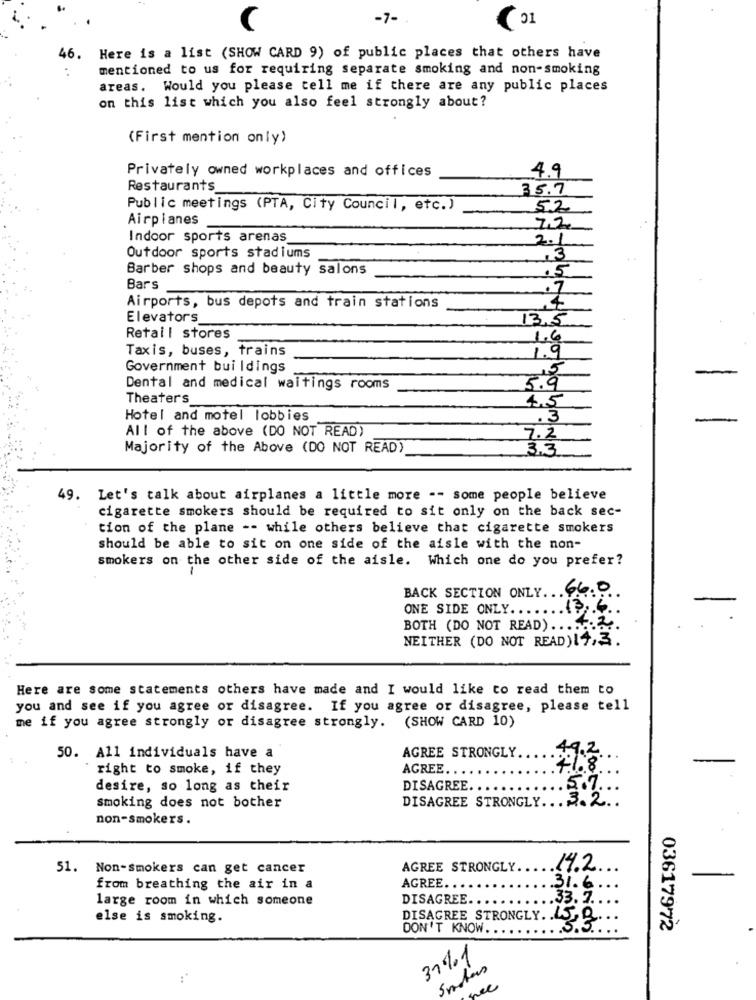
-7-
C
46.
Here is a list (SHOW CARD 9) of public places that others have
mentioned to us for requiring separate smoking and non-smoking
areas. Would you please tell me if there are any public places
on this list which you also feel strongly about?
(First mention only)
4.9
Privately owned workplaces and offices
Restaurants
35.7
Public meetings (PTA, City Council, etc.)
52
Airplanes
72
Indoor sports arenas
2.1
Outdoor sports stadiums
Barber shops and beauty salons
15
Bars
.7
Airports, bus depots and train stations
Elevators
13.5
Retail stores
Taxis, buses, trains
1.6
Government buildings
Dental and medical waitings rooms
5.9
Theaters
4.5
Hotel and motel lobbies
.3
All of the above (DO NOT READ)
7.2
Majority of the Above (DO NOT READ)
3.3
49. Let's talk about airplanes a little more -- some people believe
cigarette smokers should be required to sit only on the back sec-
tion of the plane -- while others believe that cigarette smokers
should be able to sit on one side of the aisle with the non-
smokers on the other side of the aisle. Which one do you prefer?
BACK SECTION ONLY. 66.0
ONE SIDE ONLY ...
BOTH (DO NOT READ)
4.2
NEITHER (DO NOT READ) 14,3.
Here are some statements others have made and I would like to read them to
you and see if you agree or disagree. If you agree or disagree, please tell
me if you agree strongly or disagree strongly. (SHOW CARD 10)
AGREE STRONGLY
49.2
50. All individuals have a
right to smoke, if they
AGREE.
41.8
desire, so long as their
DISAGREE.
57
smoking does not bother
DISAGREE STRONGLY ... 3.2 ..
non-smokers.
51. Non-smokers can get cancer
AGREE STRONGLY.
14.2
AGREE
31.6
from breathing the air in a
large room in which someone
DISAGREE ..
.33. 7.
else is smoking.
DISAGREE STRONGLY. 15,2
DON'T KNOW
03617972
37%1
wee